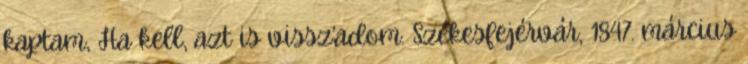
kaptam, Ha kell, azt is vissz’adom. Székesfejérvár, 1847. március